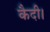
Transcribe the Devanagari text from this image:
कैदी।